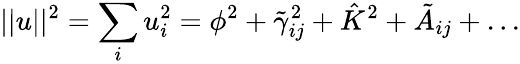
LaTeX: ||u||^{2}=\sum_{i}u_{i}^{2}=\phi^{2}+\tilde{\gamma}_{ij}^{2}+\hat{K}^{2}+\tilde{A}_{ij}+\mathrm{...}